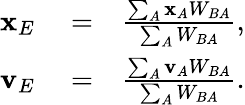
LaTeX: \begin{array}{rlr}{\mathbf{x}_{E}}&{{}=}&{\frac{\sum_{A}\mathbf{x}_{A}W_{BA}}{\sum_{A}W_{BA}},}\\ {\mathbf{v}_{E}}&{{}=}&{\frac{\sum_{A}\mathbf{v}_{A}W_{BA}}{\sum_{A}W_{BA}}.}\end{array}